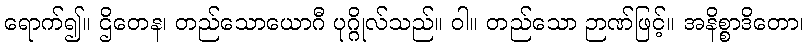
ရောက်၍။ ဌိတေန၊ တည်သောယောဂီ ပုဂ္ဂိုလ်သည်။ ဝါ။ တည်သော ဉာဏ်ဖြင့်။ အနိစ္စာဒိတော၊